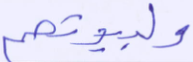
ولبيوتهم